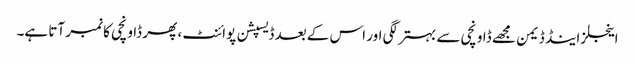
اینجلز اینڈ ڈیمن مجھے ڈاونچی سے بہتر لگی اور اس کے بعد ڈیسپشن پوائنٹ ، پھر ڈاونچی کا نمبر آتا ہے۔